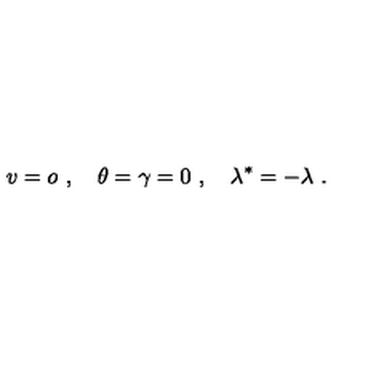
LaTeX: v = o \ , \quad \theta = \gamma = 0 \ , \quad \lambda ^ { * } = - \lambda \ .